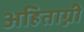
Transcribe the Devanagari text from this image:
अहिताग्नी